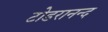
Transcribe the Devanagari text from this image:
टोडरानन्द